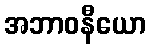
အဘာဝနီယော